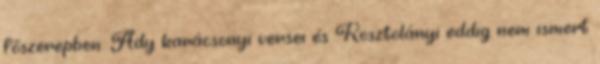
főszerepben: Ady karácsonyi versei és Kosztolányi eddig nem ismert